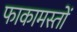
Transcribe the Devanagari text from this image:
फाकामस्तों